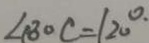
\angle B O C = 1 2 0 ^ { \circ }